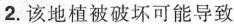
2.该地植被破坏可能导致